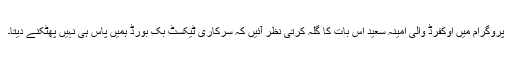
پروگرام میں اوکفرڈ والی امینہ سعید اس بات کا گلہ کرتی نظر آئیں کہ سرکاری ٹیکسٹ بک بورڈ ہمیں پاس ہی نہیں پھٹکنے دیتا۔